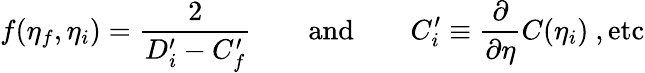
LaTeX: f(\eta_{f},\eta_{i})={\frac{2}{D_{i}^{\prime}-C_{f}^{\prime}}}\qquad\mathrm{and}\qquad C_{i}^{\prime}\equiv{\frac{\partial}{\partial\eta}}C(\eta_{i})~,\mathrm{etc}